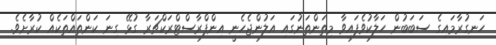
ހަނގުރާމައިގެ ސަބަބުން ހަލާކުވެފައިވާ މިތަންތަނުގައި އަލުންޖެހެނީ އިންފްރާސްޓްރަކްޗަރާ ގުޅޭ ގިނަ ކަންތައްތަކެއް ކުރާށެވެ.